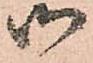
御